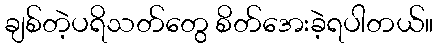
ချစ်တဲ့ပရိသတ်တွေ စိတ်အေးခဲ့ရပါတယ်။